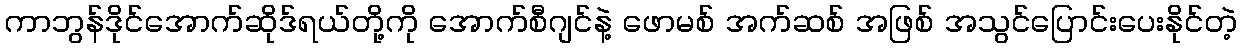
ကာဘွန်ဒိုင်အောက်ဆိုဒ်ရယ်တို့ကို အောက်စီဂျင်နဲ့ ဖောမစ် အက်ဆစ် အဖြစ် အသွင်ပြောင်းပေးနိုင်တဲ့